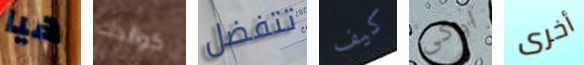
هيا كوالدك تتفضل كيف اوكى أخرى